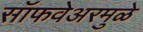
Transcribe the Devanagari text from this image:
सॉफवेअरमुळे